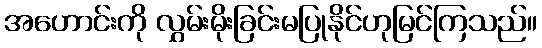
အဟောင်းကို လွှမ်းမိုးခြင်းမပြုနိုင်ဟုမြင်ကြသည်။